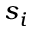
s _ { i }